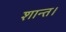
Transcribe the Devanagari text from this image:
शान्त।